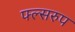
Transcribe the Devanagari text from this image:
फ्ल्सरुप